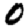
Digit: 0